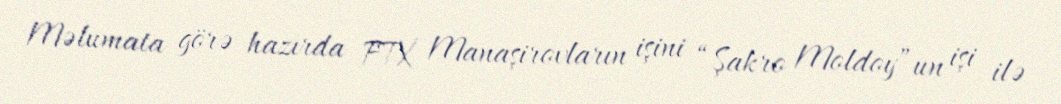
Məlumata görə hazırda FTX Manaşirovların işini “Şakro Moldoy”un işi ilə